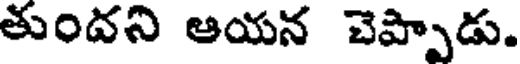
తుందని ఆయన చెప్పాడు.